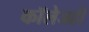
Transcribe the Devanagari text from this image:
काॅलेजही